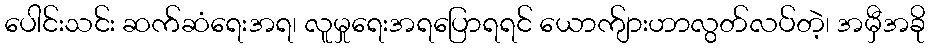
ပေါင်းသင်း ဆက်ဆံရေးအရ၊ လူမှုရေးအရပြောရရင် ယောက်ျားဟာလွတ်လပ်တဲ့၊ အမှီအခို